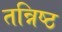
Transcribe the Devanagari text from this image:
तन्निष्ठ